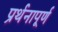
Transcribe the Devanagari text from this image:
प्रर्थनापूर्ण